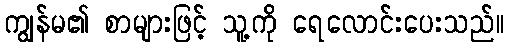
ကျွန်မ၏ စာများဖြင့် သူ့ကို ရေလောင်းပေးသည်။